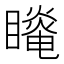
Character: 𰦆